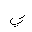
Letter: _ya